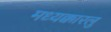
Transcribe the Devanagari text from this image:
मध्यक्कारलु